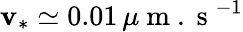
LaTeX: \mathbf{v}_{*}\simeq0.01\, \mu\mathrm{{~m~.~s~}}^{-1}